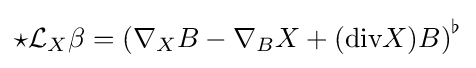
{\star }{\mathcal {L}}_{X}\beta =\left(\nabla _{X}B-\nabla _{B}X+({\text{div}}X)B\right)^{\flat }